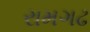
રામગઢ